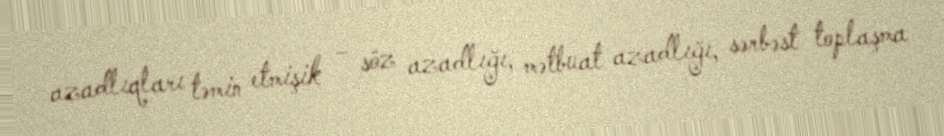
azadlıqları təmin etmişik – söz azadlığı, mətbuat azadlığı, sərbəst toplaşma